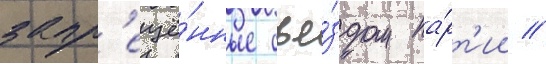
запр'ещё́нные съе́здом па́рт'ии //